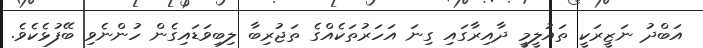
އަބްދު ނަޒީރަކީ ތައުލީމީ ދާއިރާގައި ގިނަ އަހަރުތަކެއްގެ ތަޖުރިބާ ލިބިވަޑައިގެން ހުންނެވި ބޭފުޅެކެވެ.